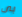
بى